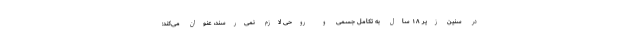
در سنین زیر ۱۸ سال به تکامل جسمی و روحی لازم نمی‌رسند، عنوان می‌کند: